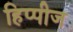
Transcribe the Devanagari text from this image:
हिप्पीज